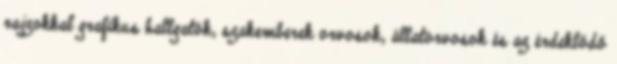
rajzokkal grafikus hallgatók, szakemberek orvosok, állatorvosok és az érdeklődő